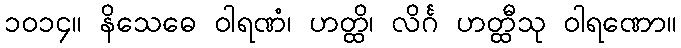
၁၀၁၄။ နိသေဓေ ဝါရဏံ၊ ဟတ္ထိ၊ လိင်္ဂ ဟတ္ထီသု ဝါရဏော။